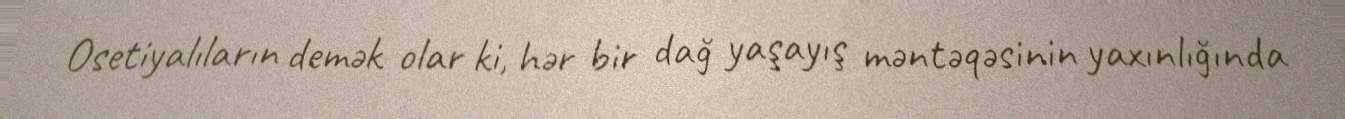
Osetiyalıların demək olar ki, hər bir dağ yaşayış məntəqəsinin yaxınlığında